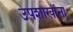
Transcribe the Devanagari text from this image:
उपशाखांना